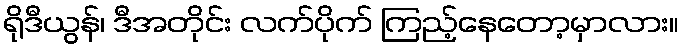
ရိုဒီယွန်၊ ဒီအတိုင်း လက်ပိုက် ကြည့်နေတော့မှာလား။